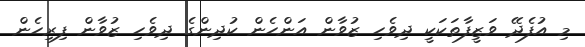
މި އުފެދޭ ވަޒީފާތަކަކީ ދިވެހި ޒުވާން އަންހެން ކުދިންގެ ދިވެހި ޒުވާން ފިރިހެން